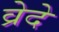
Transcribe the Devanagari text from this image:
व्रेदे